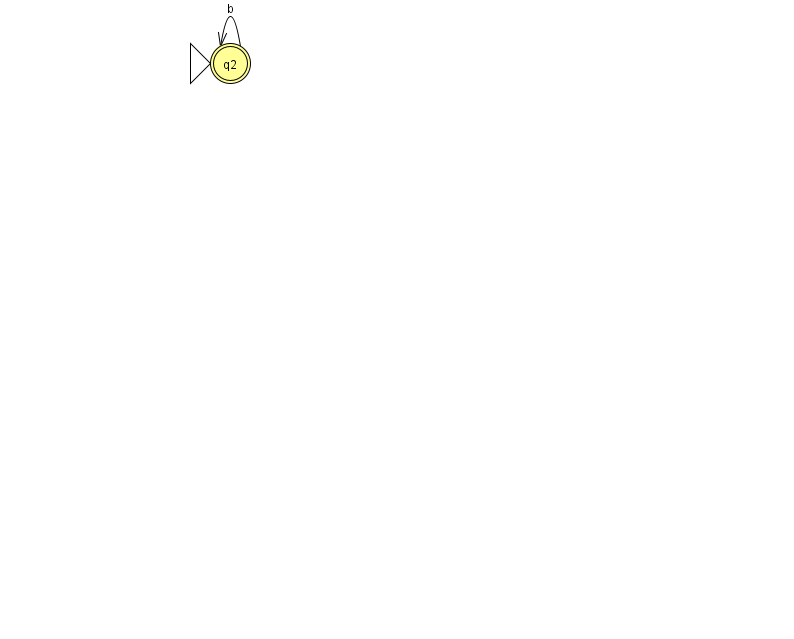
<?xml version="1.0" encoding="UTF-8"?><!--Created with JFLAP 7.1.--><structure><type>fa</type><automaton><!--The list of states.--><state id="2" name="q2"><x>230.0</x><y>50.0</y><initial/><final/></state><!--The list of transitions.--><transition><from>2</from><to>2</to><read>b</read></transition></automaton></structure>